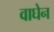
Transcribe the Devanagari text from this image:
वाघेन